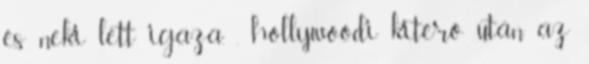
és neki lett igaza. . hollywoodi kitérő után az